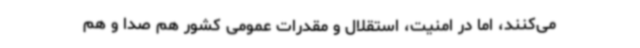
می‌کنند، اما در امنیت، استقلال و مقدرات عمومی کشور هم‌ صدا و هم‌